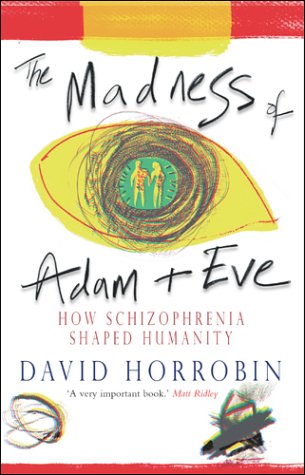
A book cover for The Madness of Adam and Eve : How Schizophrenia Shaped Humanity; David Horrobin; Health, Fitness & Dieting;